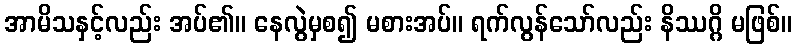
အာမိသနှင့်လည်း အပ်၏။ နေလွဲမှစ၍ မစားအပ်။ ရက်လွန်သော်လည်း နိဿဂ္ဂိ မဖြစ်။